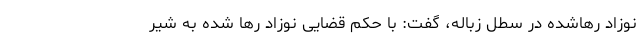
نوزاد رهاشده در سطل زباله، گفت: با حکم قضایی نوزاد رها شده به شیر